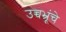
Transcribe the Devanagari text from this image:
उच्चभ्रूंचे